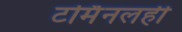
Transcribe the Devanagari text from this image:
टर्मिनलही